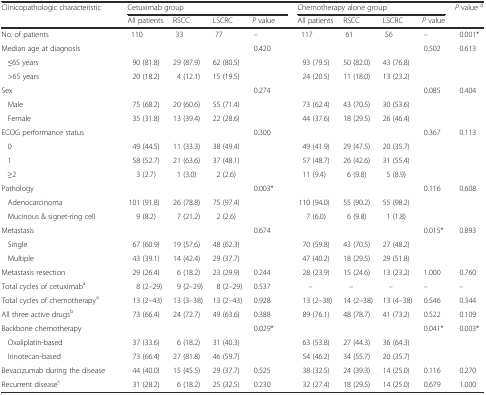
<table><thead><tr><td><b>Clinicopathologic characteristic</b></td><td></td><td colspan="5"><b>Cetuximab group</b></td><td colspan="4"><b>Chemotherapy alone group</b></td><td><b><i>P</i> value <sup>d</sup></b></td></tr><tr><td></td><td></td><td><b>All patients</b></td><td><b>RSCC</b></td><td><b>LSCRC</b></td><td><b><i>P</i> value</b></td><td></td><td><b>All patients</b></td><td><b>RSCC</b></td><td><b>LSCRC</b></td><td><b><i>P</i> value</b></td><td></td></tr></thead><tbody><tr><td>No. of patients</td><td></td><td>110</td><td>33</td><td>77</td><td>–</td><td></td><td>117</td><td>61</td><td>56</td><td>–</td><td>0.001*</td></tr><tr><td>Median age at diagnosis</td><td></td><td></td><td></td><td></td><td>0.420</td><td></td><td></td><td></td><td></td><td>0.502</td><td>0.613</td></tr><tr><td>≤65 years</td><td></td><td>90 (81.8)</td><td>29 (87.9)</td><td>62 (80.5)</td><td></td><td></td><td>93 (79.5)</td><td>50 (82.0)</td><td>43 (76.8)</td><td></td><td></td></tr><tr><td>&gt;65 years</td><td></td><td>20 (18.2)</td><td>4 (12.1)</td><td>15 (19.5)</td><td></td><td></td><td>24 (20.5)</td><td>11 (18.0)</td><td>13 (23.2)</td><td></td><td></td></tr><tr><td>Sex</td><td></td><td></td><td></td><td></td><td>0.274</td><td></td><td></td><td></td><td></td><td>0.085</td><td>0.404</td></tr><tr><td>Male</td><td></td><td>75 (68.2)</td><td>20 (60.6)</td><td>55 (71.4)</td><td></td><td></td><td>73 (62.4)</td><td>43 (70.5)</td><td>30 (53.6)</td><td></td><td></td></tr><tr><td>Female</td><td></td><td>35 (31.8)</td><td>13 (39.4)</td><td>22 (28.6)</td><td></td><td></td><td>44 (37.6)</td><td>18 (29.5)</td><td>26 (46.4)</td><td></td><td></td></tr><tr><td>ECOG performance status</td><td></td><td></td><td></td><td></td><td>0.300</td><td></td><td></td><td></td><td></td><td>0.367</td><td>0.113</td></tr><tr><td>0</td><td></td><td>49 (44.5)</td><td>11 (33.3)</td><td>38 (49.4)</td><td></td><td></td><td>49 (41.9)</td><td>29 (47.5)</td><td>20 (35.7)</td><td></td><td></td></tr><tr><td>1</td><td></td><td>58 (52.7)</td><td>21 (63.6)</td><td>37 (48.1)</td><td></td><td></td><td>57 (48.7)</td><td>26 (42.6)</td><td>31 (55.4)</td><td></td><td></td></tr><tr><td>≥2</td><td></td><td>3 (2.7)</td><td>1 (3.0)</td><td>2 (2.6)</td><td></td><td></td><td>11 (9.4)</td><td>6 (9.8)</td><td>5 (8.9)</td><td></td><td></td></tr><tr><td>Pathology</td><td></td><td></td><td></td><td></td><td>0.003*</td><td></td><td></td><td></td><td></td><td>0.116</td><td>0.608</td></tr><tr><td>Adenocarcinoma</td><td></td><td>101 (91.8)</td><td>26 (78.8)</td><td>75 (97.4)</td><td></td><td></td><td>110 (94.0)</td><td>55 (90.2)</td><td>55 (98.2)</td><td></td><td></td></tr><tr><td>Mucinous &amp; signet-ring cell</td><td></td><td>9 (8.2)</td><td>7 (21.2)</td><td>2 (2.6)</td><td></td><td></td><td>7 (6.0)</td><td>6 (9.8)</td><td>1 (1.8)</td><td></td><td></td></tr><tr><td>Metastasis</td><td></td><td></td><td></td><td></td><td>0.674</td><td></td><td></td><td></td><td></td><td>0.015*</td><td>0.893</td></tr><tr><td>Single</td><td></td><td>67 (60.9)</td><td>19 (57.6)</td><td>48 (62.3)</td><td></td><td></td><td>70 (59.8)</td><td>43 (70.5)</td><td>27 (48.2)</td><td></td><td></td></tr><tr><td>Multiple</td><td></td><td>43 (39.1)</td><td>14 (42.4)</td><td>29 (37.7)</td><td></td><td></td><td>47 (40.2)</td><td>18 (29.5)</td><td>29 (51.8)</td><td></td><td></td></tr><tr><td>Metastasis resection</td><td></td><td>29 (26.4)</td><td>6 (18.2)</td><td>23 (29.9)</td><td>0.244</td><td></td><td>28 (23.9)</td><td>15 (24.6)</td><td>13 (23.2)</td><td>1.000</td><td>0.760</td></tr><tr><td>Total cycles of cetuximab<sup>a</sup></td><td></td><td>8 (2–29)</td><td>9 (2–29)</td><td>8 (2–29)</td><td>0.537</td><td></td><td>–</td><td>–</td><td>–</td><td>–</td><td>–</td></tr><tr><td>Total cycles of chemotherapy<sup>a</sup></td><td></td><td>13 (2–43)</td><td>13 (3–38)</td><td>13 (2–43)</td><td>0.928</td><td></td><td>13 (2–38)</td><td>14 (2–38)</td><td>13 (4–38)</td><td>0.546</td><td>0.344</td></tr><tr><td>All three active drugs<sup>b</sup></td><td></td><td>73 (66.4)</td><td>24 (72.7)</td><td>49 (63.6)</td><td>0.388</td><td></td><td>89 (76.1)</td><td>48 (78.7)</td><td>41 (73.2)</td><td>0.522</td><td>0.109</td></tr><tr><td>Backbone chemotherapy</td><td></td><td></td><td></td><td></td><td>0.029*</td><td></td><td></td><td></td><td></td><td>0.041*</td><td>0.003*</td></tr><tr><td>Oxaliplatin-based</td><td></td><td>37 (33.6)</td><td>6 (18.2)</td><td>31 (40.3)</td><td></td><td></td><td>63 (53.8)</td><td>27 (44.3)</td><td>36 (64.3)</td><td></td><td></td></tr><tr><td>Irinotecan-based</td><td></td><td>73 (66.4)</td><td>27 (81.8)</td><td>46 (59.7)</td><td></td><td></td><td>54 (46.2)</td><td>34 (55.7)</td><td>20 (35.7)</td><td></td><td></td></tr><tr><td>Bevacizumab during the disease</td><td></td><td>44 (40.0)</td><td>15 (45.5)</td><td>29 (37.7)</td><td>0.525</td><td></td><td>38 (32.5)</td><td>24 (39.3)</td><td>14 (25.0)</td><td>0.116</td><td>0.270</td></tr><tr><td>Recurrent disease<sup>c</sup></td><td></td><td>31 (28.2)</td><td>6 (18.2)</td><td>25 (32.5)</td><td>0.230</td><td></td><td>32 (27.4)</td><td>18 (29.5)</td><td>14 (25.0)</td><td>0.679</td><td>1.000</td></tr></tbody></table>